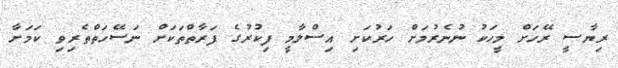
ރިޔާސީ ރޭހަށް މީހަކު ނުނެރުމަށް ހަރުކަށި އިސްލާމީ ފިކުރުގެ ފަރާތްތަކަށް ނަސޭހަތްތެރިވި ކަމަށާ